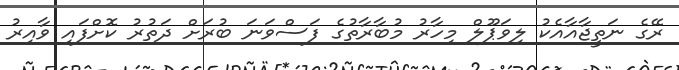
ރޭގެ ނަތީޖާއާއެކު ލިވަޕޫލް މިހާރު މުބާރާތުގެ ފަސްވަނަ ބުރަށް ދަތުރު ކޮށްފައި ވާއިރު